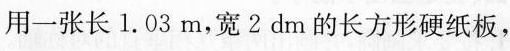
用一张长1.03m，宽2dm的长方形硬纸板，